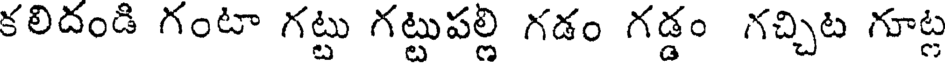
కలిదండి గంటా గట్టు గట్టుపల్లి గడం గడ్డం గచ్చిట గూట్ల